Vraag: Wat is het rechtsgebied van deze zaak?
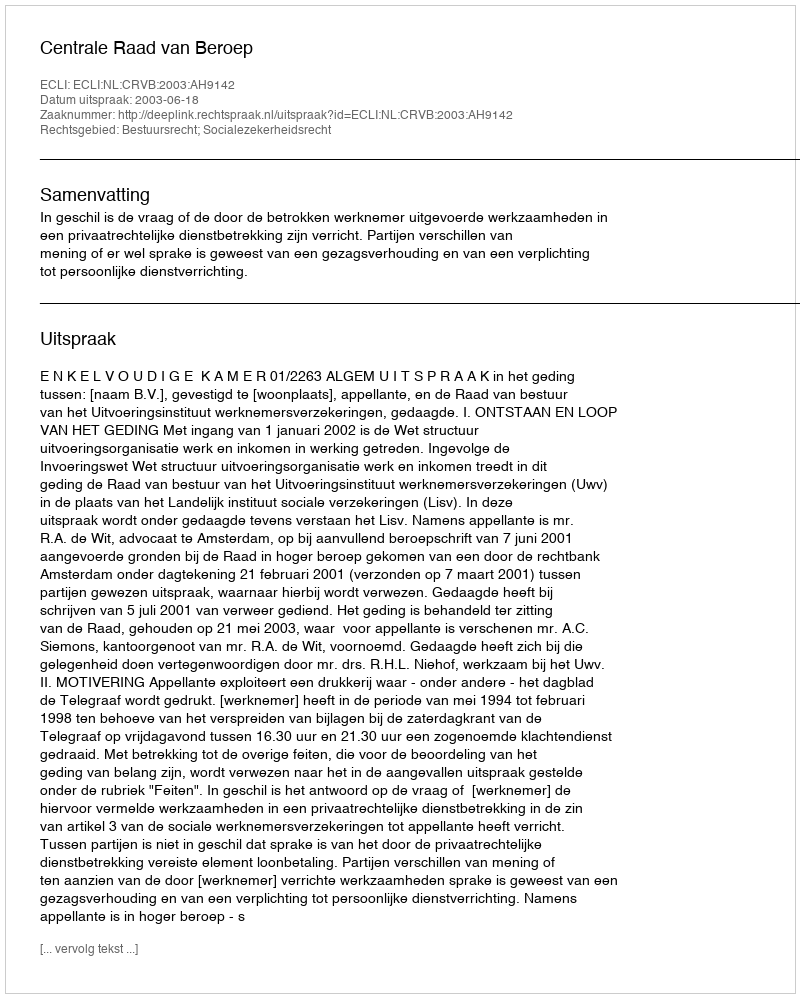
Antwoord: Bestuursrecht; Socialezekerheidsrecht